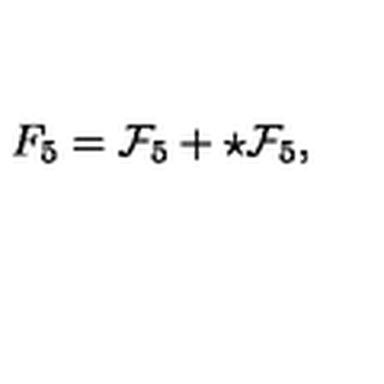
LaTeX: F _ { 5 } = { \cal F } _ { 5 } + \star { \cal F } _ { 5 } ,